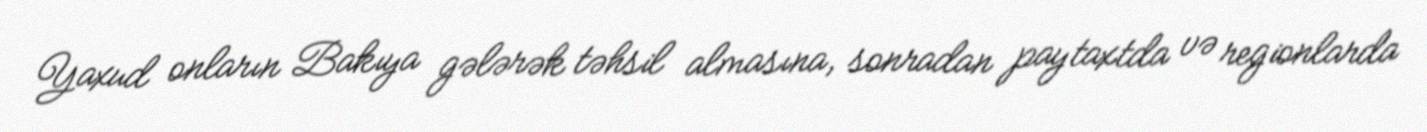
Yaxud onların Bakıya gələrək təhsil almasına, sonradan paytaxtda və regionlarda